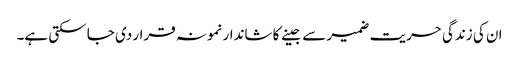
ان کی زندگی حریت ضمیر سے جینے کا شاندار نمونہ قرار دی جا سکتی ہے۔